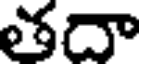
తదా